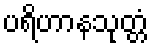
ပရိဟာနသုတ္တံ